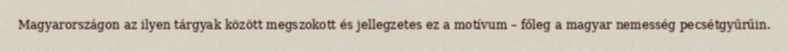
Magyarországon az ilyen tárgyak között megszokott és jellegzetes ez a motívum – főleg a magyar nemesség pecsétgyűrűin.